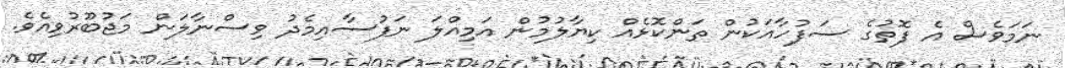
ނަމަވެސް އެ ފޮތުގެ ސަފުހާއަކުން ތަންކޮޅެއް ކިޔާލުމުން އަމިއްލަ ނަފުސާއިމެދު ވިސްނާލަން މަޖުބޫރުވިއެވެ.